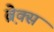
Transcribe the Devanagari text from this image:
ब्रे़क्स